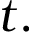
t .